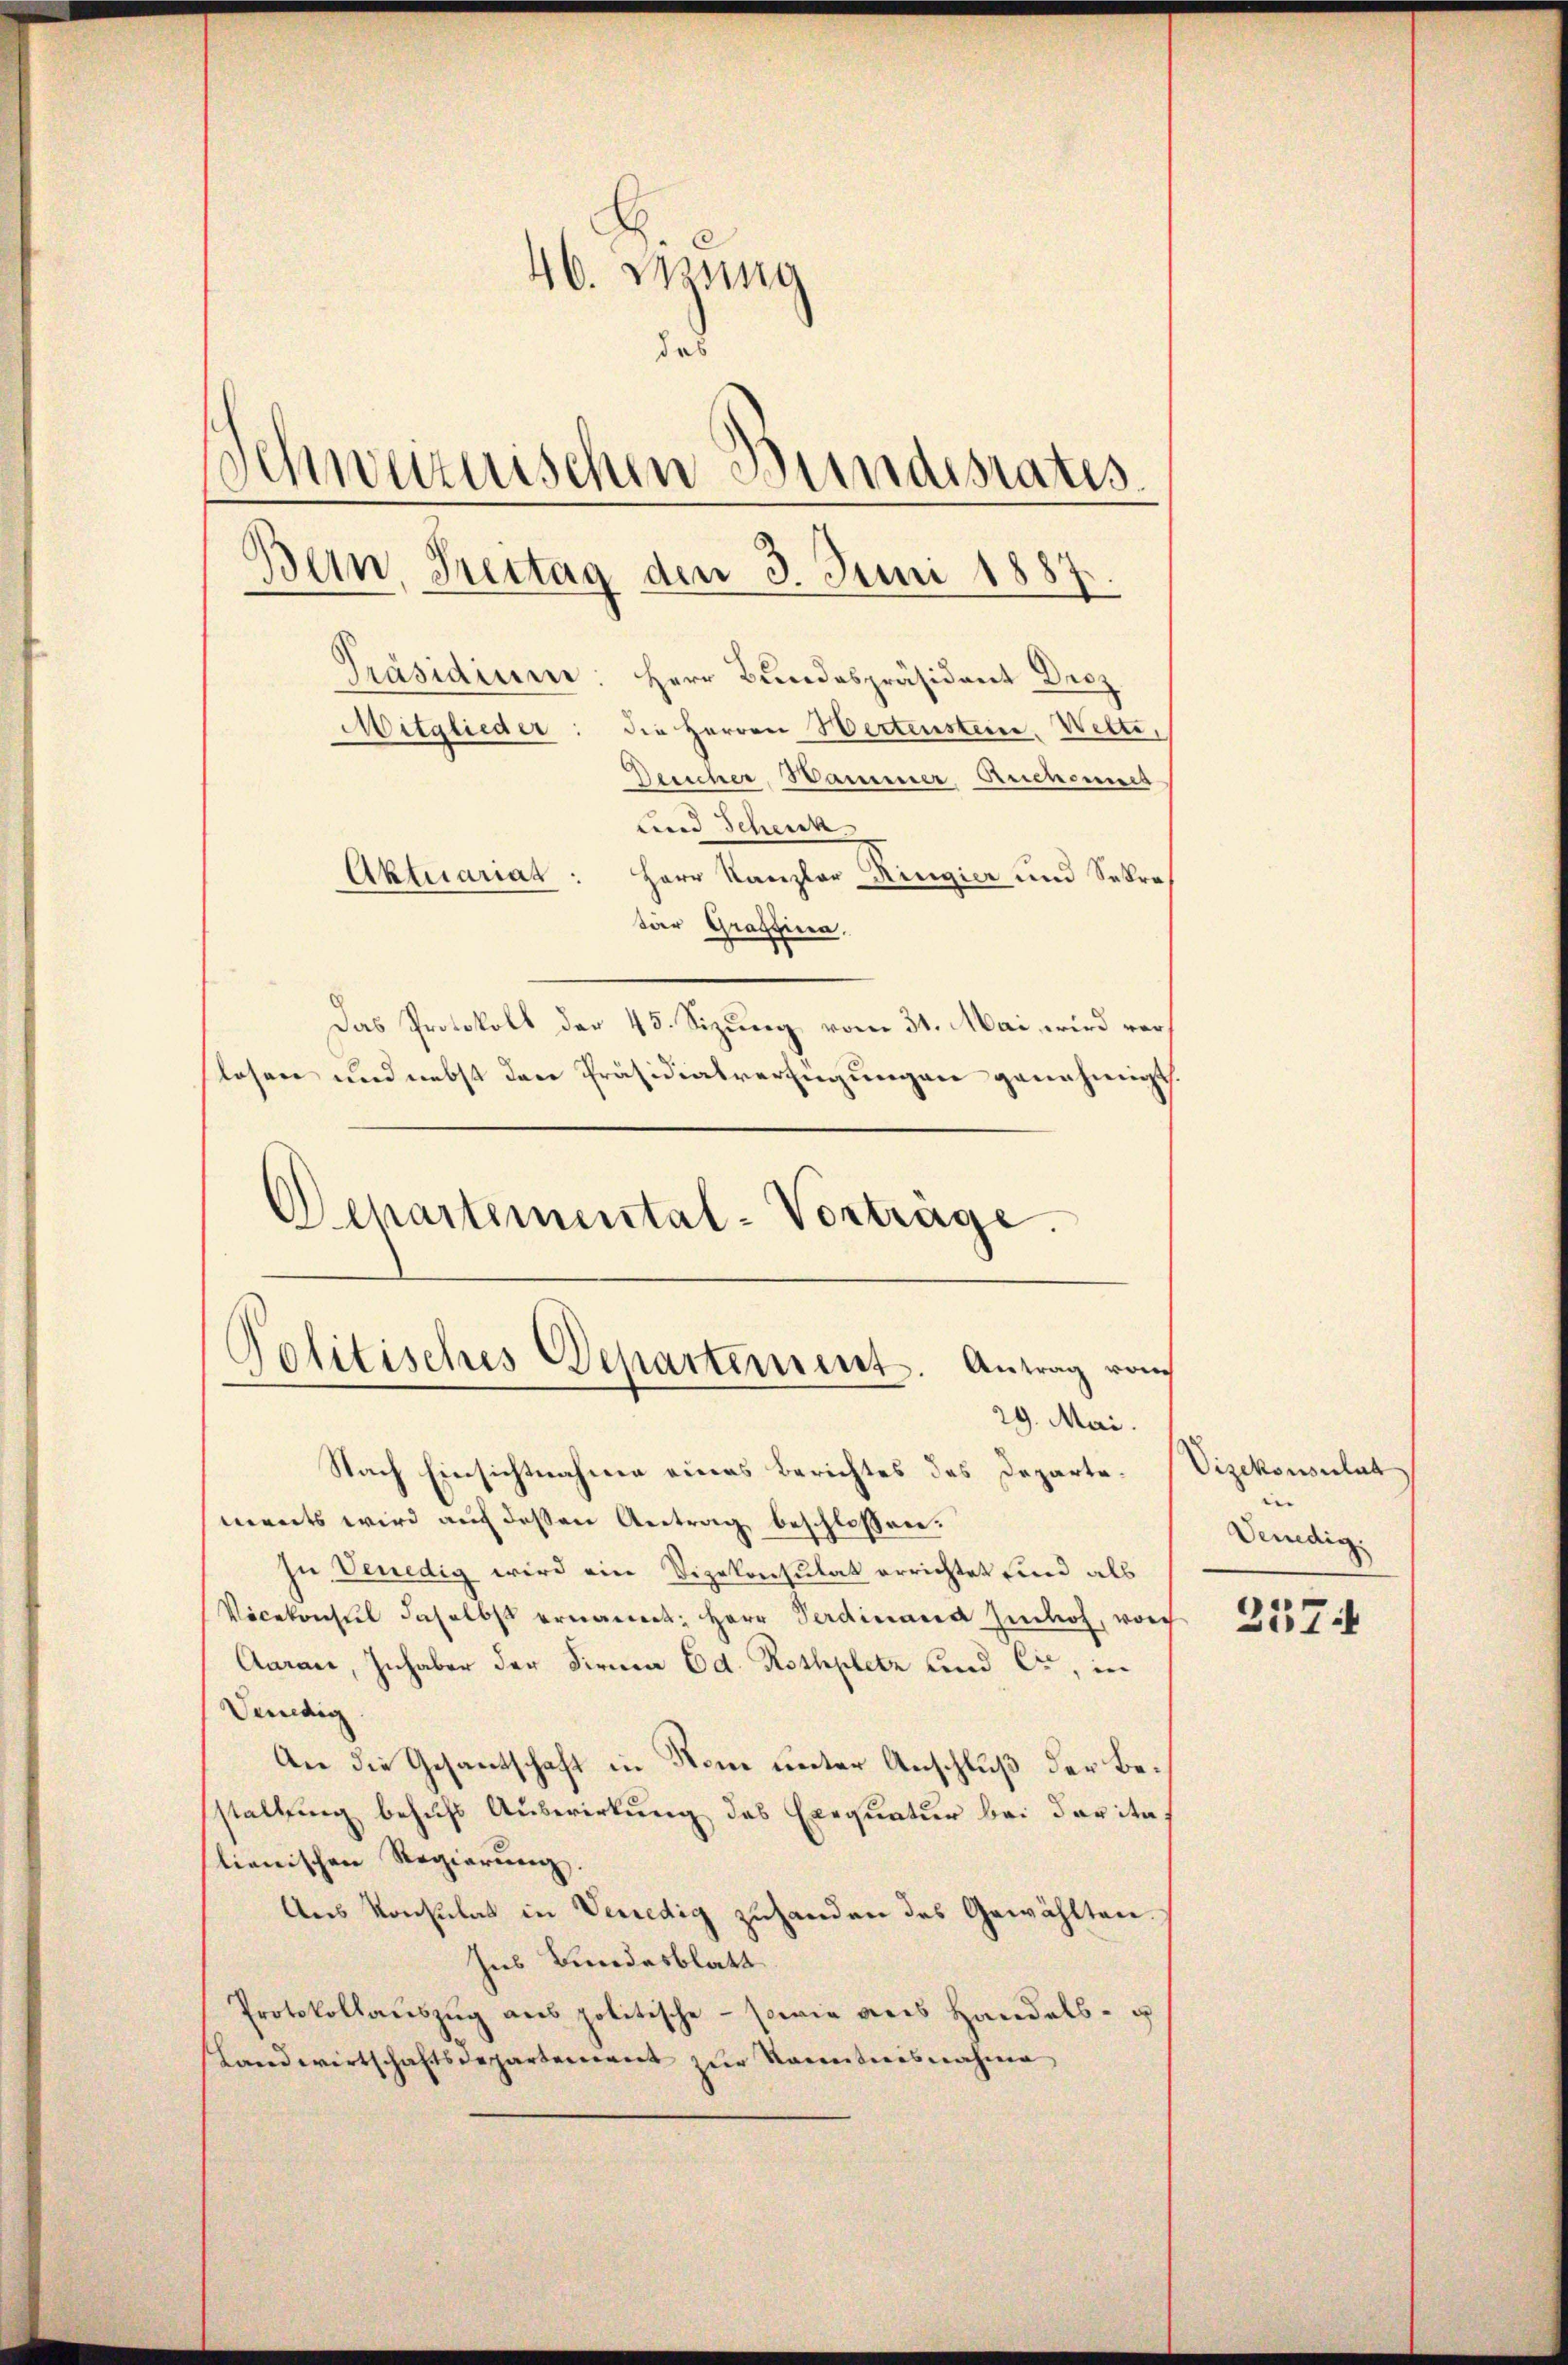
46. Jung
.
Schweizerischen Bundestatis
Bern, Breitag den 3. Juni 1887.
Mitglieder
Deucher, Hammer, Auchanis
Lnd Schenk
Aktuariat: Herr Kanzler Ringier und Sekretar Graffina
Das Protokoll der 45. Sizung vom 31. Mai wird verlosen und nebst den Präsidialverfügungen genehmigt.
Departemental-Vorträge.

Präsidium: Herr Bundespräsident Droz.
die Herren Wertenstein, Wetti,

Politisches Departement. Antrag vom
—
29. Mai.

Nach Einsichtnahme eines Berichtes des Departements wird auf deßen Antrag beschlossen:
zu Venedig wird ein Vizekonsulat errichtet sind als
Vicekonsul daselbst ernannt: Herr Verdinand Imhof, vorg
Aaraus, Inhaber der Firma Ed. Rothplatz und er, in
Venedig
An die Gesandtschaft in Nom unter Anschluß der Bestallung behufs Auswirkung des Exequatur bei daritalienischen Regierung.
Ans Konsulat in Venedig zuhanden das Gewählten.
Ins Bundesblatt
Protokollaŭszŭg ans politische - sowie aus Handels- u
Landwirtschaftsdepartement zŭr Kenntnisnahme

Vizekonsulat
 |
Venedig.

257.